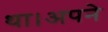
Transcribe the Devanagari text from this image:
था।अपने